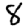
Digit: 8